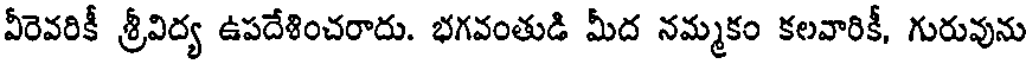
వీరెవరికీ శ్రీవిద్య ఉపదేశించరాదు. భగవంతుడి మీద నమ్మకం కలవారికీ, గురువును